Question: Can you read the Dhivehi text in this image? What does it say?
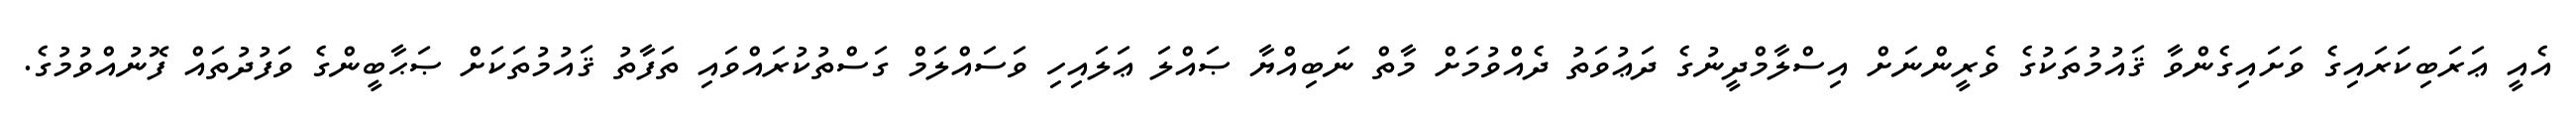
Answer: އެއީ ޢަރަބިކަރައިގެ ވަށައިގެންވާ ޤައުމުތަކުގެ ވެރީންނަށް އިސްލާމްދީނުގެ ދަޢުވަތު ދެއްވުމަށް މާތް ނަބިއްޔާ ޞައްލަ ޢަލައިހި ވަސައްލަމް ގަސްތުކުރައްވައި ތަފާތު ޤައުމުތަކަށް ޞަޙާބީންގެ ވަފުދުތައް ފޮނުއްވުމުގެ.